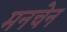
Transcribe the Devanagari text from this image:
मनचेन